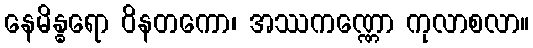
နေမိန္ဓရော ဝိနတကော၊ အဿကဏ္ဏော ကုလာစလာ။